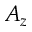
A _ { z }